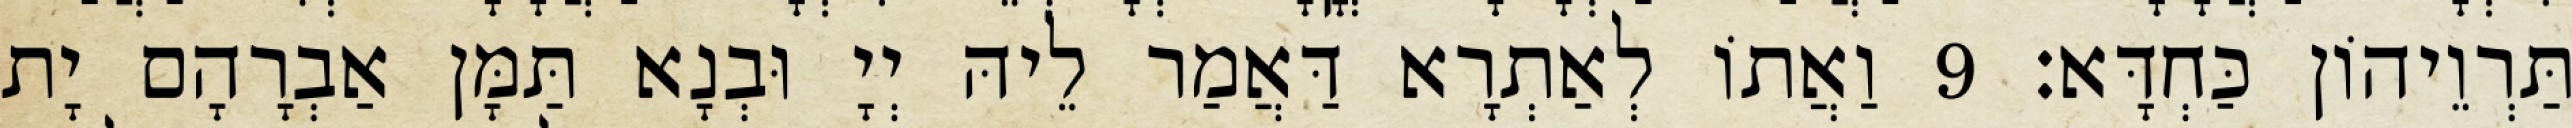
תַּרְוֵיהוֹן כַּחְדָּא׃ 9 וַאֲתוֹ לְאַתְרָא דַּאֲמַר לֵיהּ יְיָ וּבְנָא תַּמָּן אַבְרָהָם יָת